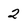
Character: 2